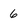
Character: 6